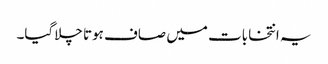
یہ انتخابات میں صاف ہوتا چلاگیا۔